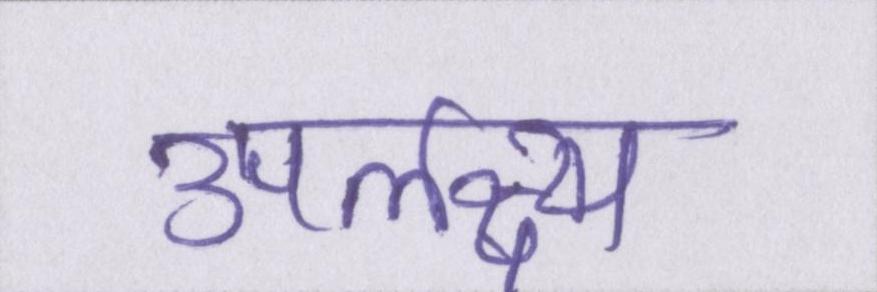
उपलक्ष्य